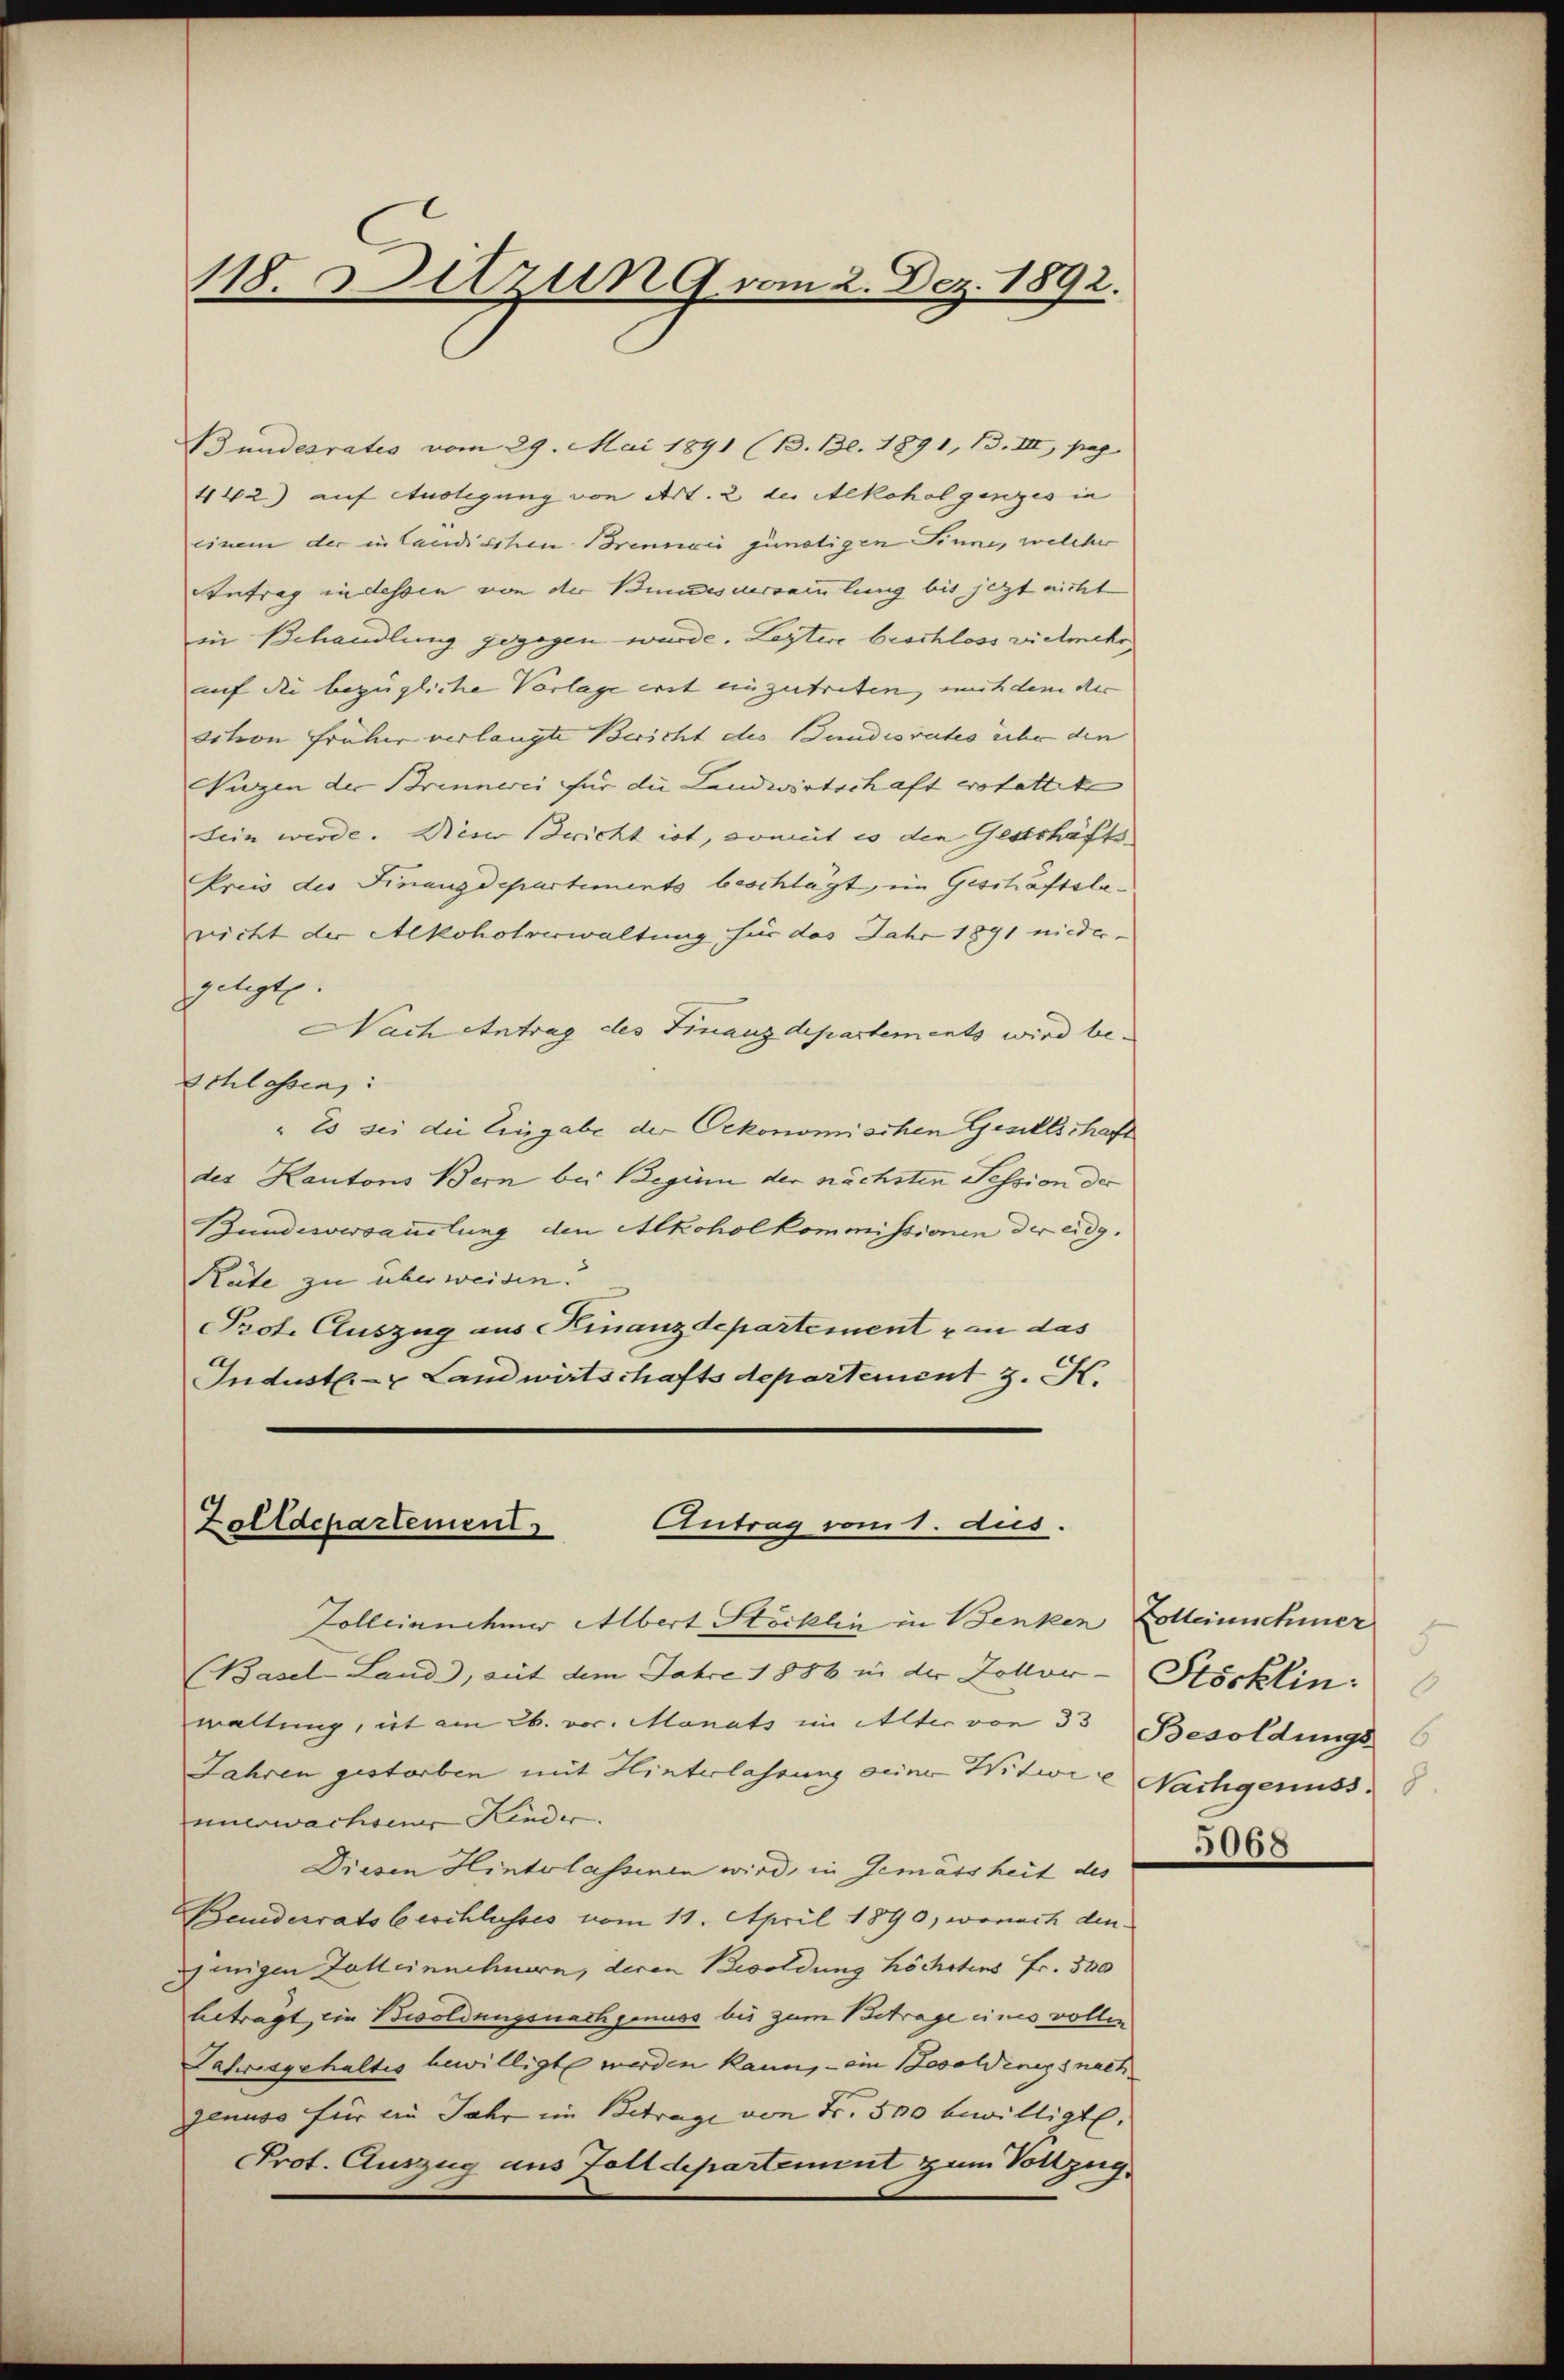
118. Ditzung vom 2. Dez. 1892.

Bundesrates vom 29. Mai 1891 (B. Bl. 1891, Bd. III, pag.
442) auf Auslegung von Art. 2 des Alkohol ganzes in
einem der in Candischen Brennen günstigen Sinne, welcher
Antrag in dessen von der Bundesversammlung bis jezt nicht
in Behandlung gegegen wurde. Leztere beschloss vielmehr
auf die bezügliche Vorlage erst einzutreten, mit dem der
sction früher verlangte Bericht des Bundesrates über den
Nuzen der Brinnerei für die Landwirtschaft erstattete
Sein werde. Dieser Bericht ist, somit es den Geschäfts-
Pries der Finanzdepartements beschlägt, ein Geschäftslenicht der Alkoholverwaltung für das Jahr 1891 nieder-
gelegte.
Nach Antrag des Finanzdepartements wird be¬
Schlassen:
" Es sei die Eingabe der Oekonomischen Gendtschaft
des Kantons Bern bei Beginn der nächsten Tession der
Bundesversamlung den Alkoholkommissionen der eidg.
Rüte zu überweisen.
Prot. Auszug aus Finanzdepartement von das
Indust- & Landwirtschafts departement z. K.

Antrag vom 1. aus.
Zolldepartement

Zolleinnehmer Abert Stöcklin in Benken Colleinnehmer
(Basel-Land, mit dem Jahre 1886 in der Zollor-Stöcklin.
waltung, ist am 26. vor. Manats im Alter von 33 Besoldungs
Jahren gestorben mit Hinterlassung seine Witwe Nachgenuss
unerwachsener Kinder.
Diesen Hinterlassenen wird, in Gemässheit des
Beiderrats beschlusses vom 19. April 1890, wonach den
inigen Falleinnehmern, deren Besoldung höchstens Fr. 300
betragt, ein Besoldungsnach genuss bis zum Betrage eines vollen
Jahresgehaltes bewilligt werden kann, - ein Besoldings nach
genuss für ein Jahr im Betrage von Fr. 500 bewilligt.
Prot. Auszug aus Zolldepartement zum Vollzug.

5
5068